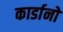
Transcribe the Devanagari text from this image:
कार्डानो